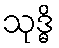
သုဒ္ဓိ